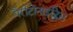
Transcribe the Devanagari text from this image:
पैरीटोनाइटिस